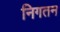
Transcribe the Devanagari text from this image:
निगतन